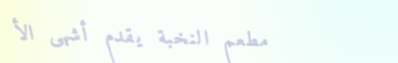
مطعم النخبة يقدم أشهى الأ